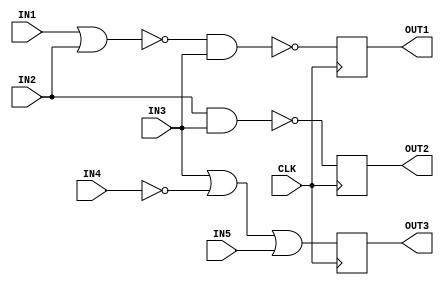
module DigCt(
  input wire IN1,IN2,IN3,IN4,IN5,CLK,
  output reg OUT1,OUT2,OUT3
 );
 
 reg A,B,C,D1,D2,D3;
 
 always @(*)
 begin
  A = ~(IN1 | IN2);
  D1 = ~(A & IN3);  
 end
 
  always @(*)
 begin
  D2 = ~(IN2 & IN3);  
 end
 
  always @(*)
 begin
  B = ~ IN4 ;
  C = IN3 | B ;
  D3 = C | IN5 ;  
 end
 
  always @(posedge CLK)
 begin
  OUT1 <= D1 ;
  OUT2 <= D2 ;
  OUT3 <= D3 ;
 end
endmodule